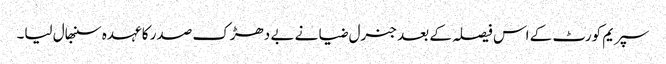
سپریم کورٹ کے اس فیصلہ کے بعد جنرل ضیا نے بے دھڑک صدر کا عہدہ سنبھال لیا۔